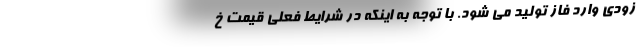
زودی وارد فاز تولید می شود. با توجه به اینکه در شرایط فعلی قیمت خ